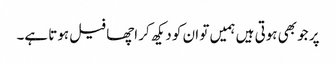
پر جو بھی ہوتی ہیں ہمیں تو ان کو دیکھ کر اچھا فیل ہوتا ہے۔